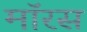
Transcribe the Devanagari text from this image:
मॉरस